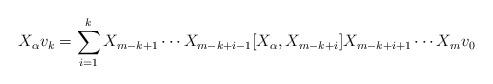
LaTeX: \begin{align*} X_{\alpha} v_k = \sum_{i=1}^{k} X_{m-k+1} \cdots X_{m-k+i-1} [ X_{\alpha} , X_{m-k+i} ] X_{m-k+i+1} \cdots X_m v_0\end{align*}